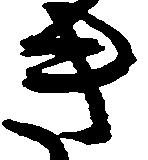
き